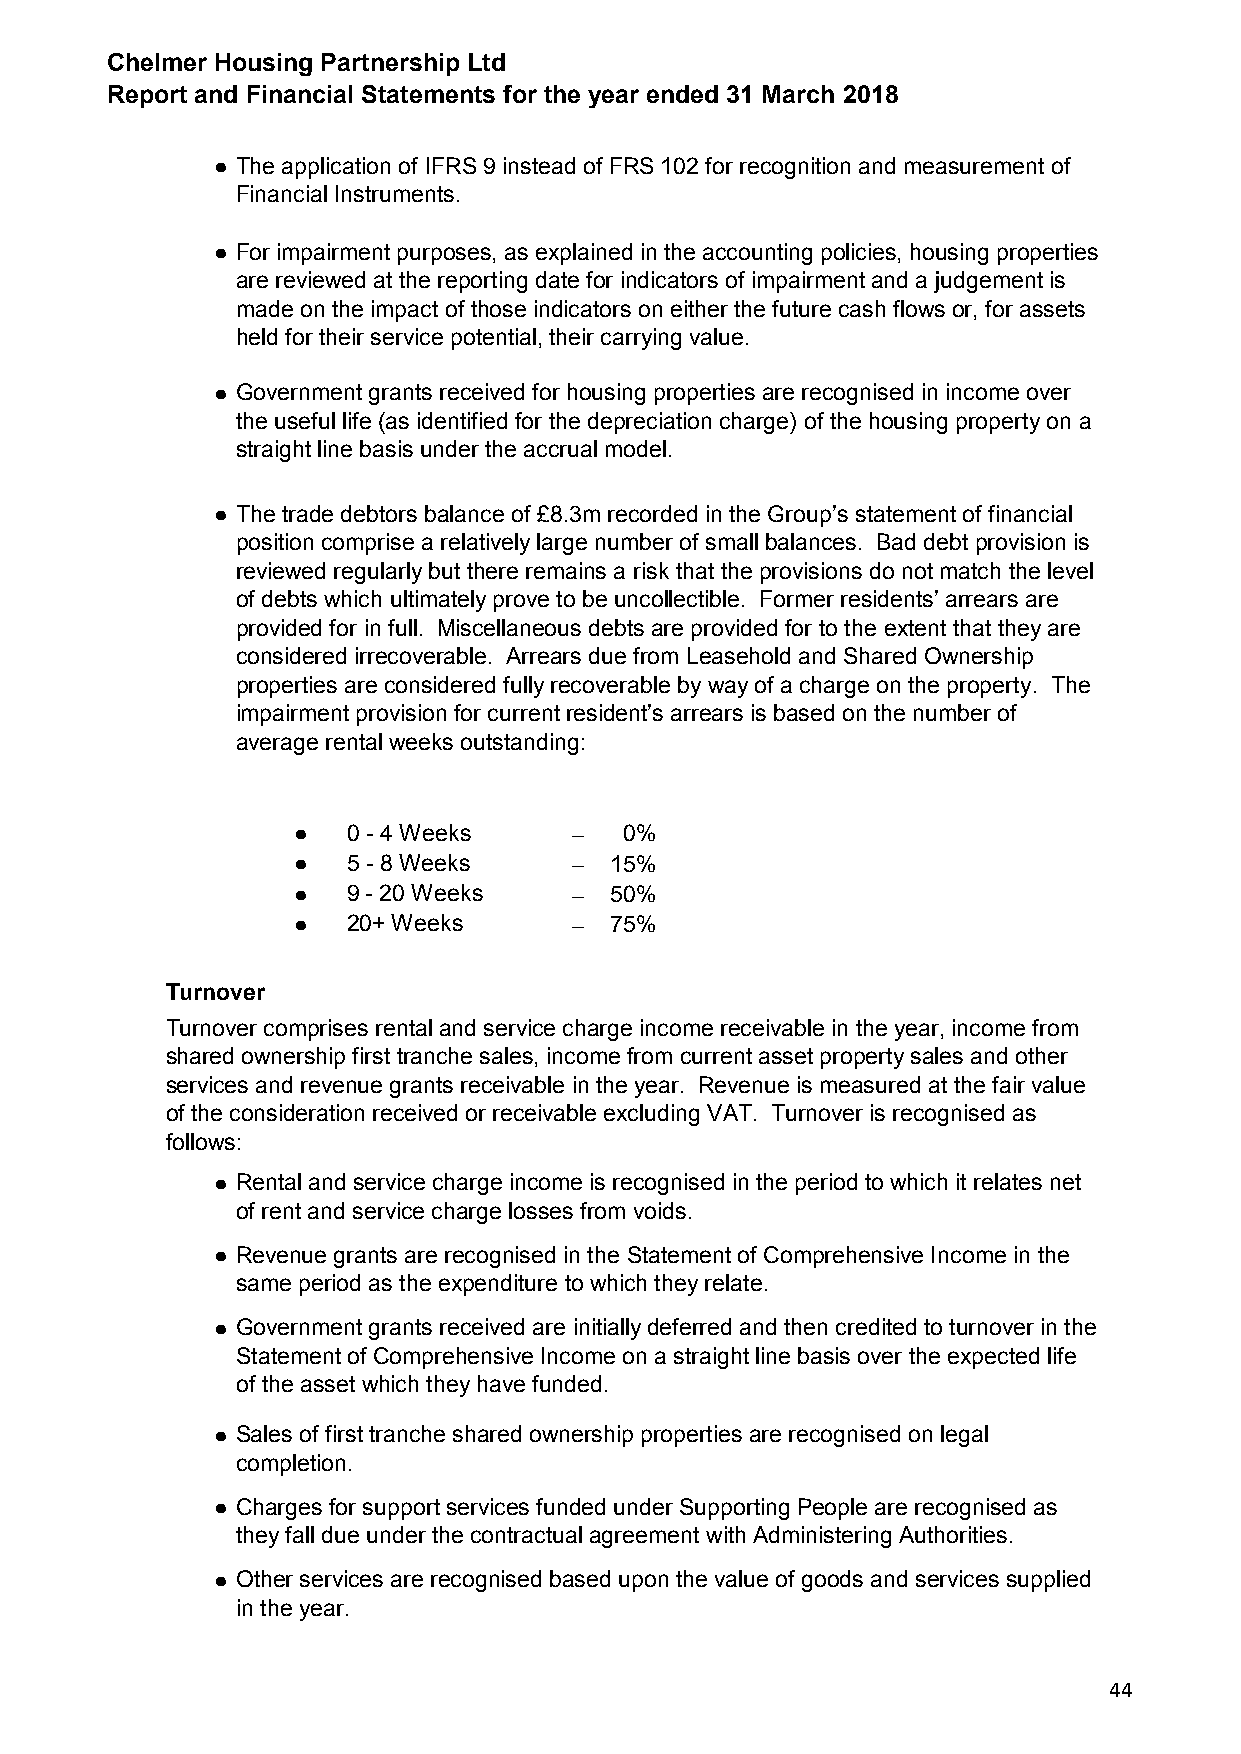
Chelmer Housing Partnership Ltd
 Report and Financial Statements for the year ended 31 March 2018
 ● The application of IFRS 9 instead of FRS 102 for recognition and measurement of
 Financial Instruments.
 ● For impairment purposes, as explained in the accounting policies, housing properties
 are reviewed at the reporting date for indicators of impairment and a judgement is
 made on the impact of those indicators on either the future cash flows or, for assets
 held for their service potential, their carrying value.
 ● Government grants received for housing properties are recognised in income over
 the useful life (as identified for the depreciation charge) of the housing property on a
 straight line basis under the accrual model.
 ● The trade debtors balance of £8.3m recorded in the Group’s statement of financial
 position comprise a relatively large number of small balances. Bad debt provision is
 reviewed regularly but there remains a risk that the provisions do not match the level
 of debts which ultimately prove to be uncollectible. Former residents’ arrears are
 provided for in full. Miscellaneous debts are provided for to the extent that they are
 considered irrecoverable. Arrears due from Leasehold and Shared Ownership
 properties are considered fully recoverable by way of a charge on the property. The
 impairment provision for current resident’s arrears is based on the number of
 average rental weeks outstanding:
 ●   0 - 4 Weeks    -  0%
 ●   5 - 8 Weeks    - 15%
 ●   9 - 20 Weeks   - 50%
 ●   20+ Weeks      - 75%
 Turnover
 Turnover comprises rental and service charge income receivable in the year, income from
 shared ownership first tranche sales, income from current asset property sales and other
 services and revenue grants receivable in the year. Revenue is measured at the fair value
 of the consideration received or receivable excluding VAT. Turnover is recognised as
 follows:
 ● Rental and service charge income is recognised in the period to which it relates net
 of rent and service charge losses from voids.
 ● Revenue grants are recognised in the Statement of Comprehensive Income in the
 same period as the expenditure to which they relate.
 ● Government grants received are initially deferred and then credited to turnover in the
 Statement of Comprehensive Income on a straight line basis over the expected life
 of the asset which they have funded.
 ● Sales of first tranche shared ownership properties are recognised on legal
 completion.
 ● Charges for support services funded under Supporting People are recognised as
 they fall due under the contractual agreement with Administering Authorities.
 ● Other services are recognised based upon the value of goods and services supplied
 in the year.
 44